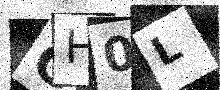
Text: GH0L